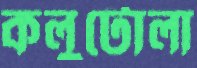
কলুটোলা